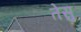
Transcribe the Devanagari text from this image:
तेसु